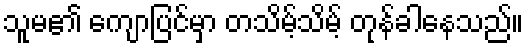
သူမ၏ ကျောပြင်မှာ တသိမ့်သိမ့် တုန်ခါနေသည်။